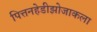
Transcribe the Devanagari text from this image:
पित्तनहेडीझोजाकला